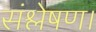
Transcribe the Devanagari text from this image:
संश्लेषण।